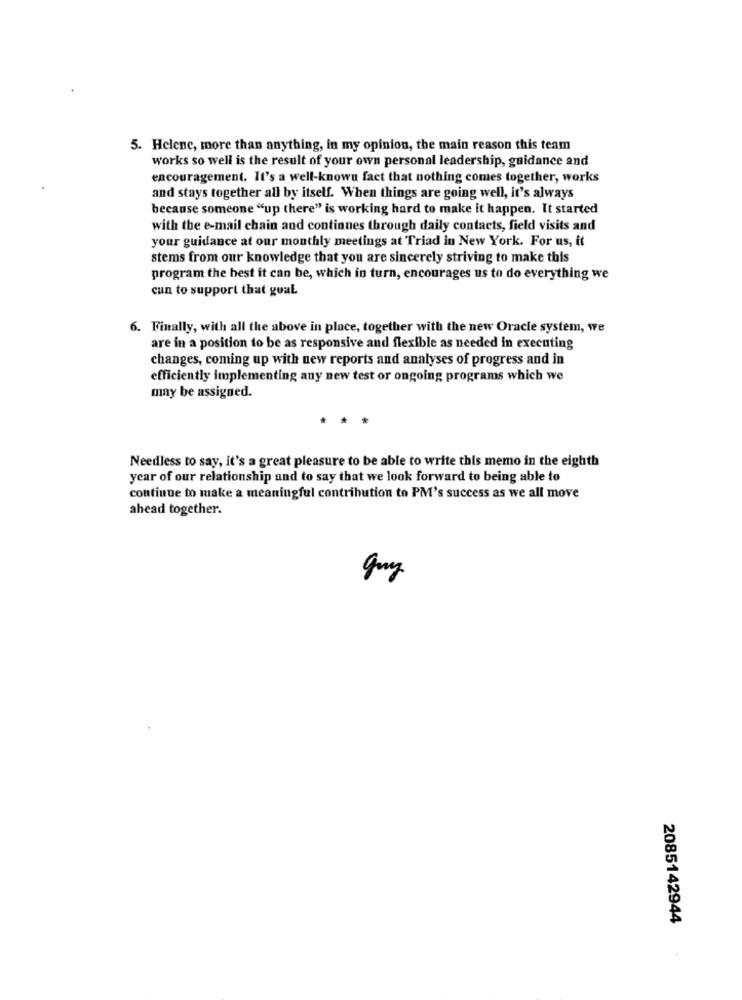
5. Helene, more than anything, in my opinion, the main reason this team
works so well is the result of your own personal leadership, guidance and
encouragement. It's a well-known fact that nothing comes together, works
and stays together all by itself. When things are going well, it's always
because someone "up there" is working hard to make it happen. It started
with the e-mail chain and continues through daily contacts, field visits and
your guidance at our monthly meetings at Triad in New York. For us, it
stems from our knowledge that you are sincerely striving to make this
program the hest it can be, which in turn, encourages us to do everything we
cun to support that goal.
6. Finally, with all the above in place, together with the new Oracle system, we
are in a position to be as responsive and flexible as needed in executing
changes, coming up with new reports and analyses of progress and in
efficiently implementing any new test or ongoing programs which we
may be assigned.
* *
Needless to say, it's a great pleasure to be able to write this memo in the eighth
year of our relationship and to say that we look forward to being able to
continue to make a meaningful contribution to PM's success as we all move
ahead together.
guy
2085142944